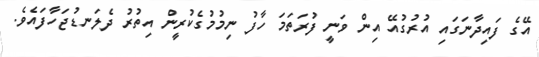
އޭގެ ފައިދާނަގައި އުރުގުއޭ އިން ވަނީ ފުރަތަމަ ހާފު ނިމުމުގެކުރީން އިތުރު ދެލަނޑުޖަހާފައެވެ.